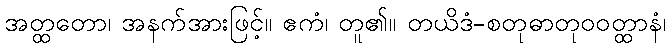
အတ္ထတော၊ အနက်အားဖြင့်။ ဧကံ၊ တူ၏။ တယိဒံ-စတုဓာတုဝဝတ္ထာနံ၊